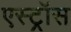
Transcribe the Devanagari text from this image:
एस्ट्रॉस